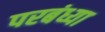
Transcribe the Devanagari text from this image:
परबंध्या